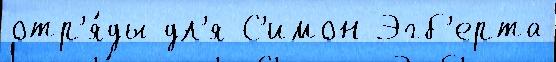
отр'я́ды дл'я С'имон Эгб'ерта